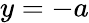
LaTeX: y=-a